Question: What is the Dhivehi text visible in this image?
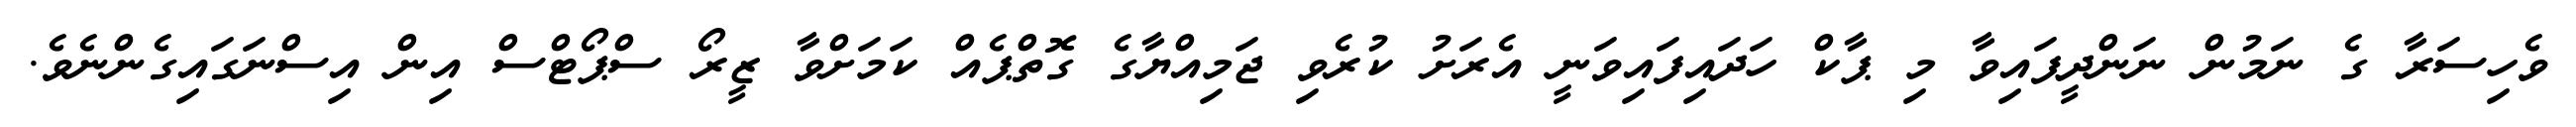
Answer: ވެހިސަރާ ގެ ނަމުން ނަންދީފައިވާ މި ޕާކް ހަދައިފައިވަނީ އެރަށު ކުރެވި ޖަމިއްޔާގެ ގޮތްޕެއް ކަމަށްވާ ޒީރޯ ސްޕޯޓްސް އިން އިސްނަގައިގެންނެވެ.